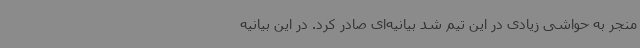
منجر به حواشی زیادی در این تیم شد بیانیه‌ای صادر کرد. در این بیانیه